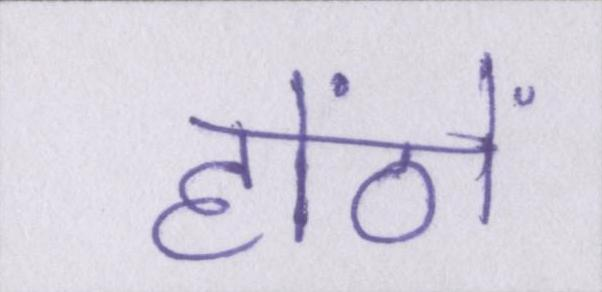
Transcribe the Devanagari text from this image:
होंठों